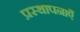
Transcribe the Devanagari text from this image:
प्रस्थापनाएँ